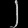
Digit: ၂